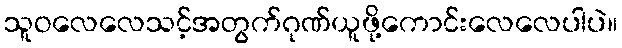
သူဝလေလေသင့်အတွက်ဂုဏ်ယူဖို့ကောင်းလေလေပါပဲ။